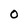
Character: 0